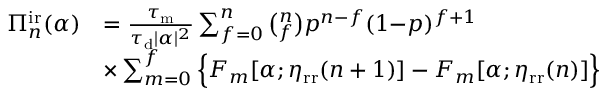
\begin{array} { r l } { \Pi _ { n } ^ { \mathrm { i r } } ( \alpha ) } & { = \frac { \tau _ { \mathrm { m } } } { \tau _ { \mathrm { d } } | \alpha | ^ { 2 } } \sum _ { f = 0 } ^ { n } \binom { n } { f } p ^ { n - f } ( 1 { - } p ) ^ { f + 1 } } \\ & { \times \sum _ { m = 0 } ^ { f } \Big \{ F _ { m } [ \alpha ; \eta _ { \mathrm { r r } } ( n + 1 ) ] - F _ { m } [ \alpha ; \eta _ { \mathrm { r r } } ( n ) ] \Big \} } \end{array}